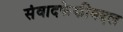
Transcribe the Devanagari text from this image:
संवादफेकीबद्दल